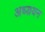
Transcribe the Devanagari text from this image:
अध्य़यन